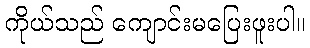
ကိုယ်သည် ကျောင်းမပြေးဖူးပါ။